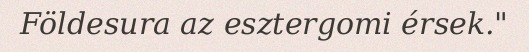
Földesura az esztergomi érsek."